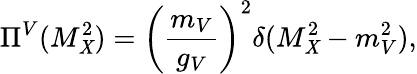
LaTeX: \Pi^{V}(M_{\mathit{X}}^{2})=\left(\frac{{m_{V}}}{{g_{V}}}\right)^{2}\delta(M_{\mathit{X}}^{2}-m_{V}^{2}),